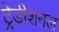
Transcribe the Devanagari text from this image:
ट्रेडीशनल